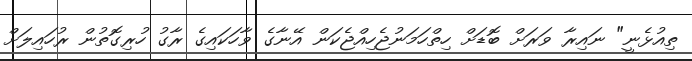
ތިއުޅެނީ" ނައިރާ ވަރަށް ބޮޑަށް ހިތްހަމަނުޖެހިއްޖެކަން އޭނާގެ ވާހަކައިގެ ރާގު ހުރިގޮތުން ރުހައިލަށް